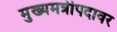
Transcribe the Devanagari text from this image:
मुख्यमत्रीपदावर